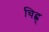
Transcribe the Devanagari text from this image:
चिह्न्